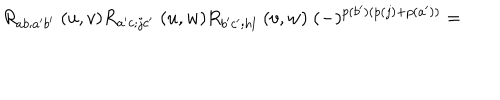
R _ { a b ; a ^ { \prime } b ^ { \prime } } \; ( u , v ) R _ { a ^ { \prime } c ; j c ^ { \prime } } \; ( u , w ) R _ { b ^ { \prime } c ^ { \prime } ; h l } \; ( v , w ) \; ( - ) ^ { p ( b ^ { \prime } ) ( p ( j ) + p ( a ^ { \prime } ) ) } =